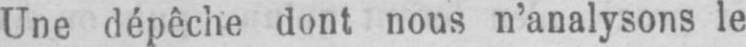
Une dépêche dont nous n’analysons le